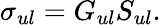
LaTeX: \sigma_{ul}=G_{ul}S_{ul}.